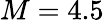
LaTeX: M=4.5